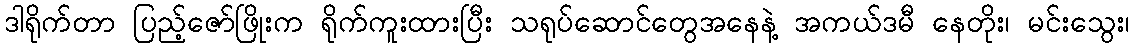
ဒါရိုက်တာ ပြည့်ဇော်ဖြိုးက ရိုက်ကူးထားပြီး သရုပ်ဆောင်တွေအနေနဲ့ အကယ်ဒမီ နေတိုး၊ မင်းသွေး၊